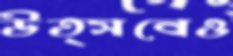
উত্সবেও